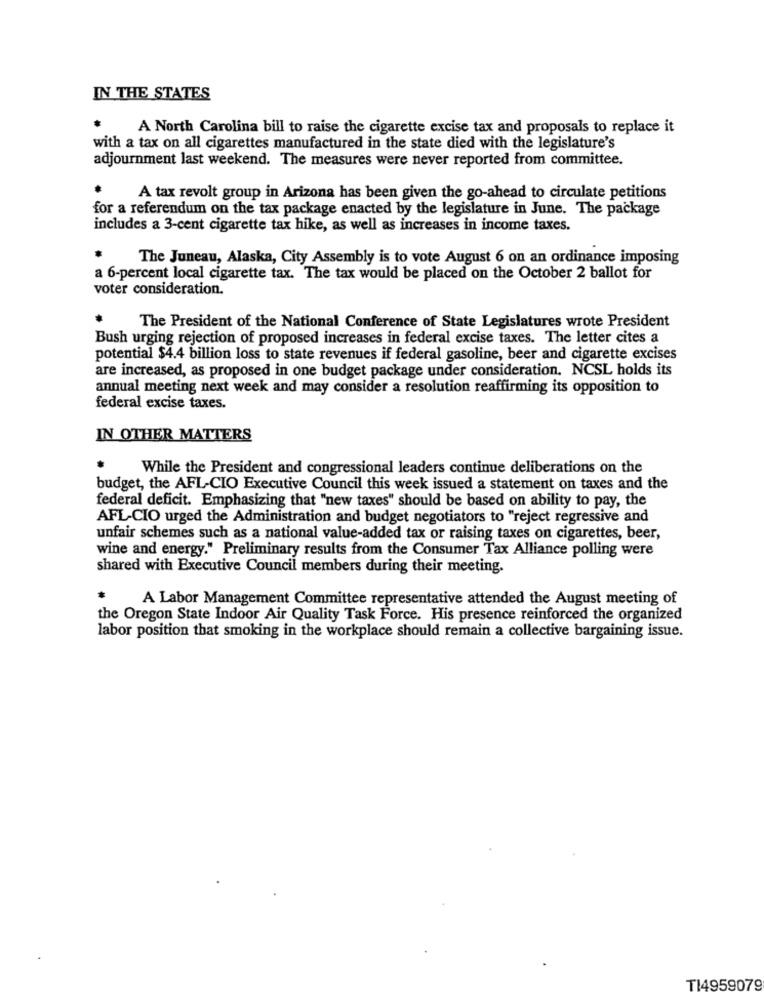
IN THE STATES
A North Carolina bill to raise the cigarette excise tax and proposals to replace it
with a tax on all cigarettes manufactured in the state died with the legislature's
adjournment last weekend. The measures were never reported from committee.
A tax revolt group in Arizona has been given the go-ahead to circulate petitions
for a referendum on the tax package enacted by the legislature in June. The package
includes a 3-cent cigarette tax hike, as well as increases in income taxes.
The Juneau, Alaska, City Assembly is to vote August 6 on an ordinance imposing
a 6-percent local cigarette tax. The tax would be placed on the October 2 ballot for
voter consideration.
The President of the National Conference of State Legislatures wrote President
Bush urging rejection of proposed increases in federal excise taxes. The letter cites a
potential $4.4 billion loss to state revenues if federal gasoline, beer and cigarette excises
are increased, as proposed in one budget package under consideration. NCSL holds its
annual meeting next week and may consider a resolution reaffirming its opposition to
federal excise taxes.
IN OTHER MATTERS
While the President and congressional leaders continue deliberations on the
budget, the AFL-CIO Executive Council this week issued a statement on taxes and the
federal deficit. Emphasizing that "new taxes" should be based on ability to pay, the
AFL-CIO urged the Administration and budget negotiators to "reject regressive and
unfair schemes such as a national value-added tax or raising taxes on cigarettes, beer,
wine and energy." Preliminary results from the Consumer Tax Alliance polling were
shared with Executive Council members during their meeting.
A Labor Management Committee representative attended the August meeting of
the Oregon State Indoor Air Quality Task Force. His presence reinforced the organized
labor position that smoking in the workplace should remain a collective bargaining issue.
TI4959079